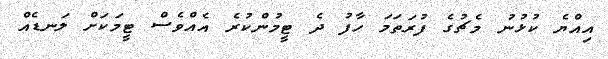
އިއްޔެ ކުޅުނު މެޗުގެ ފުރަތަމަ ހާފު ދެ ޓީމުންކުރެ އެއްވެސް ޓީމަކަށް ލަނޑެއް